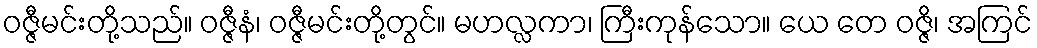
ဝဇ္ဇီမင်းတို့သည်။ ဝဇ္ဇီနံ၊ ဝဇ္ဇီမင်းတို့တွင်။ မဟလ္လကာ၊ ကြီးကုန်သော။ ယေ တေ ဝဇ္ဇိ၊ အကြင်